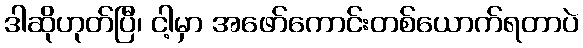
ဒါဆိုဟုတ်ပြီ၊ ငါ့မှာ အဖော်ကောင်းတစ်ယောက်ရတာပဲ